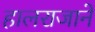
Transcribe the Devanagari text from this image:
हालराजाने